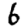
Digit: 6